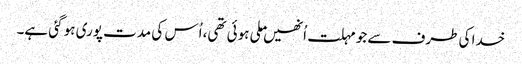
خدا کی طرف سے جو مہلت اُنھیں ملی ہوئی تھی، اُس کی مدت پوری ہو گئی ہے۔